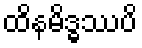
ထိနမိဒ္ဓဿပိ